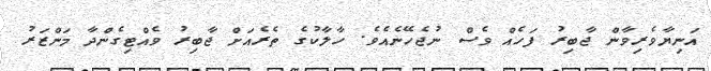
އަނިޔާވެރިވާން ޖާބިރު ފަހެއް ވެސް ނުޖެހޭނެއެވެ. ހާލާކުގެ ތެރެއަށް ޖާބިރު ވެއްޓިގެންދާ މަންޒަރު